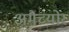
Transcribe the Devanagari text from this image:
अमैच्योर